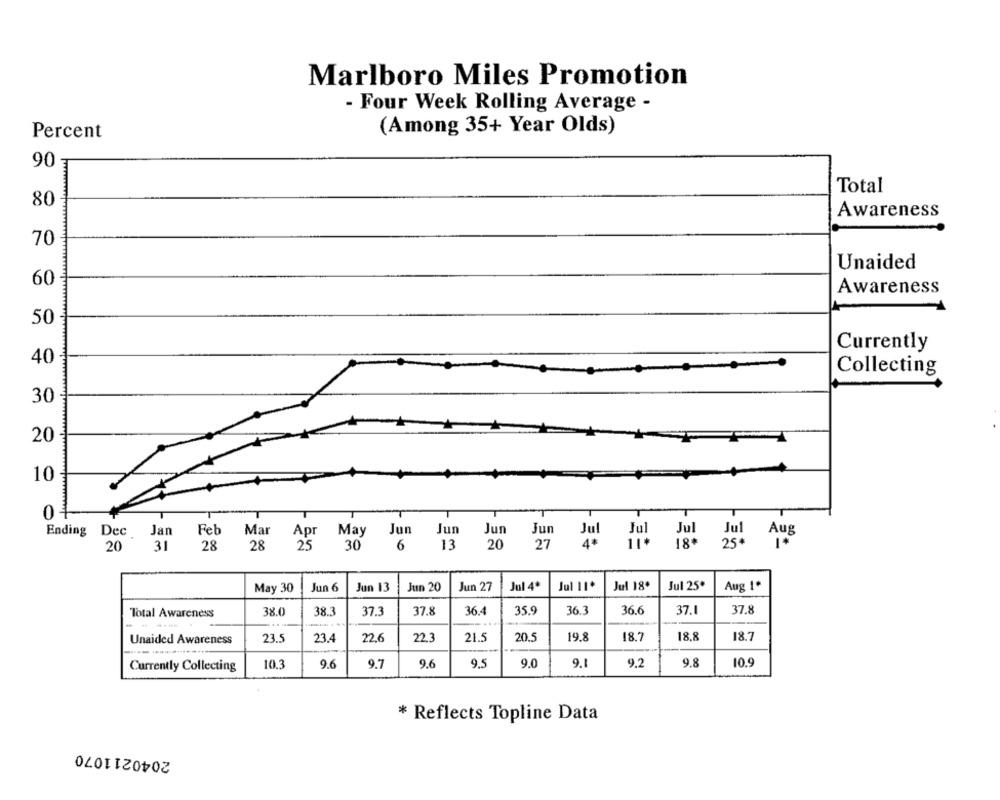
Marlboro Miles Promotion
- Four Week Rolling Average -
Percent
(Among 35+ Year Olds)
90
Total
80
Awareness
70
Unaided
60
Awareness
50
Currently
40
Collecting
30
20
10
0 3
Ending
Dec
Jan
Feb
Mar
Apr
May
Jun
Jun
Jun
Jun
Jul
Aug
27
18.
Jul
20
31
28
28
25
30
6
13
20
May 30
Jun 6
Jun 13
Jun 20
Jun 27
Jul 4º
Jul 11.
Jul 18.
Jul 25º
Aug 1*
Total Awareness
38.0
38.3
37.3
37.8
36.4
35.9
36.3
36.6
37.1
37.8
Unaided Awareness
23.5
23.4
22,6
22.3
21.5
20.5
19.8
18.7
18.8
18.7
10.3
9.6
9.7
9.6
9.5
9.0
9.1
9.2
9.8
10.9
Currently Collecting
* Reflects Topline Data
2040211070